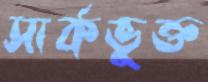
সার্কভুক্ত